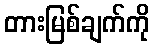
တားမြစ်ချက်ကို